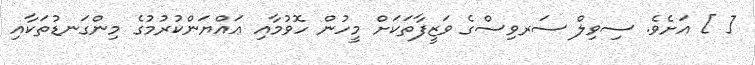
[ ] އަށެވެ. ސިވިލް ސަރވިސްގެ ވަޒީފާތަކަށް މީހުން ހޮވުމާއި ޢައްޔަންކުރުމުގެ މިންގަނޑުތަކާއި